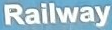
Railway